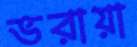
ভরায়া